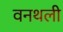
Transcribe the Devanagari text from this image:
वनथली